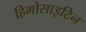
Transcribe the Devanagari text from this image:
हिमोसाइटिन